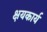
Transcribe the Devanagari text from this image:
क्षयकार्य